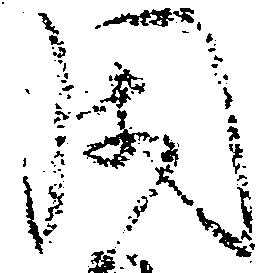
閑